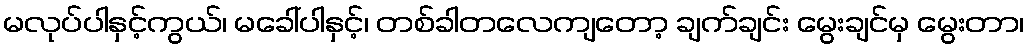
မလုပ်ပါနှင့်ကွယ်၊ မခေါ်ပါနှင့်၊ တစ်ခါတလေကျတော့ ချက်ချင်း မွေးချင်မှ မွေးတာ၊